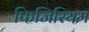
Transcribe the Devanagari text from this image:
फिजिरियम